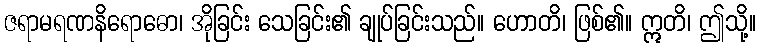
ဇရာမရဏနိရောဓော၊ အိုခြင်း သေခြင်း၏ ချုပ်ခြင်းသည်။ ဟောတိ၊ ဖြစ်၏။ ဣတိ၊ ဤသို့။